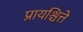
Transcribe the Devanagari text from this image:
प्रायश्चित्ते